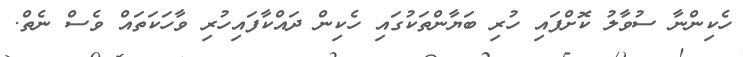
ހެކިންނާ ސުވާލު ކޮށްފައި ހުރި ބަޔާންތަކުގައި ހެކިން ދައްކާފައިހުރި ވާހަކަތައް ވެސް ނެތް.